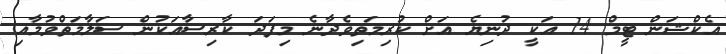
އެކްޝަން ޓީމް 14 އަކީ ދުނިޔެ އަށް ކުރިމަތިވެދާނެ މިފަދަ ކާރިސާއަކުން ސަލާމަތްވުމާއި